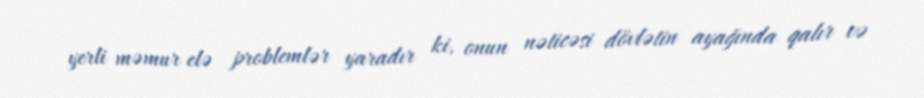
yerli məmur elə problemlər yaradır ki, onun nəticəsi dövlətin ayağında qalır və